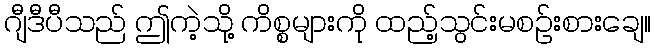
ဂျီဒီပီသည် ဤကဲ့သို့ ကိစ္စများကို ထည့်သွင်းမစဉ်းစားချေ။